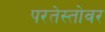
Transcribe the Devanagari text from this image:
परतेस्तोवर